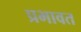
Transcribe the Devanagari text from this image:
प्रभावत